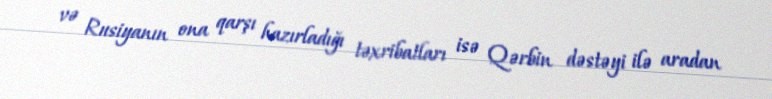
və Rusiyanın ona qarşı hazırladığı təxribatları isə Qərbin dəstəyi ilə aradan